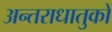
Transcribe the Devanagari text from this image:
अन्तराधातुकों